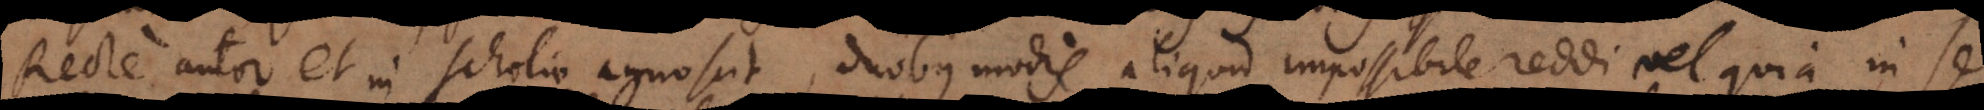
Recte autor et in Scholio agnoscit, duobus modis aliquid impossibile reddi vel quia in se